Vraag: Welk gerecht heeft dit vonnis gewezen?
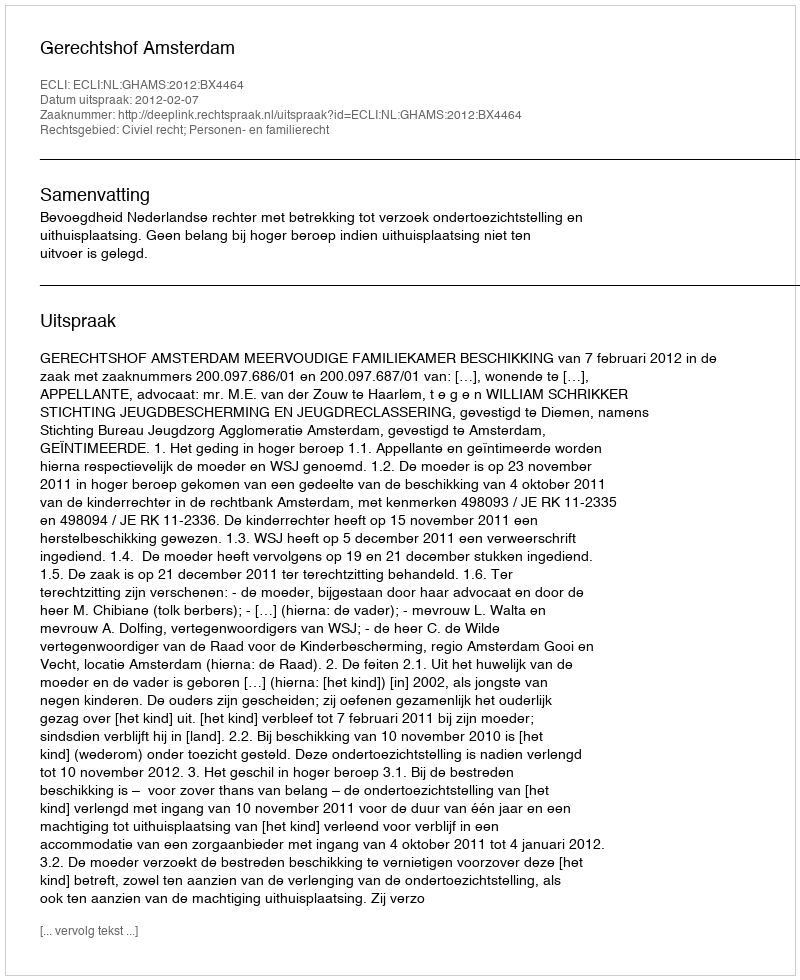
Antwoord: Gerechtshof Amsterdam